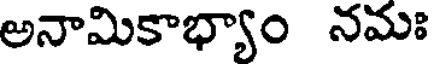
అనామికాభ్యాం నమః